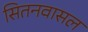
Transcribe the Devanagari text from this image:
सितनवासल